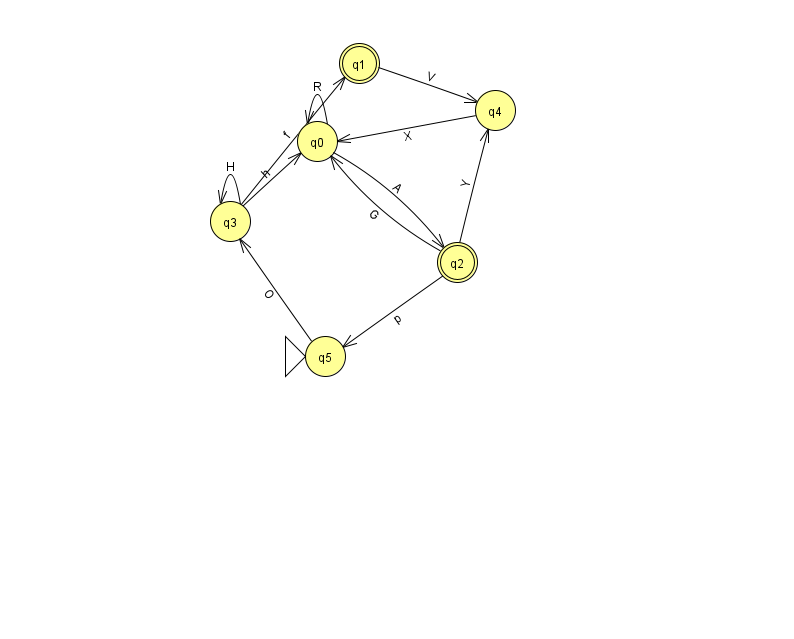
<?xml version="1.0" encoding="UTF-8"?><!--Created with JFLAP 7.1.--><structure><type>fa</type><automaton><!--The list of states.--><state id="0" name="q0"><x>317.0</x><y>128.0</y></state><state id="1" name="q1"><x>359.0</x><y>50.0</y><final/></state><state id="2" name="q2"><x>457.0</x><y>249.0</y><final/></state><state id="3" name="q3"><x>230.0</x><y>208.0</y></state><state id="4" name="q4"><x>495.0</x><y>97.0</y></state><state id="5" name="q5"><x>325.0</x><y>343.0</y><initial/></state><!--The list of transitions.--><transition><from>0</from><to>2</to><read>A</read></transition><transition><from>0</from><to>0</to><read>R</read></transition><transition><from>3</from><to>0</to><read>h</read></transition><transition><from>2</from><to>4</to><read>Y</read></transition><transition><from>4</from><to>0</to><read>X</read></transition><transition><from>2</from><to>0</to><read>G</read></transition><transition><from>1</from><to>4</to><read>V</read></transition><transition><from>3</from><to>3</to><read>H</read></transition><transition><from>5</from><to>3</to><read>O</read></transition><transition><from>2</from><to>5</to><read>p</read></transition><transition><from>3</from><to>1</to><read>f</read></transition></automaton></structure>